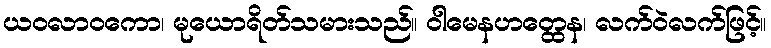
ယဝလာဝကော၊ မုယောရိတ်သမားသည်။ ဝါမေနဟတ္ထေန၊ လက်ဝဲလက်ဖြင့်။